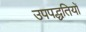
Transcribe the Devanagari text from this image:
उपपद्धतियों